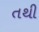
તથી